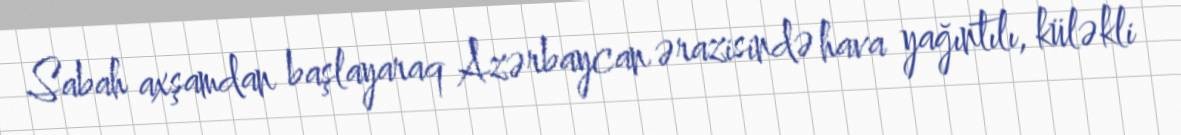
Sabah axşamdan başlayaraq Azərbaycan ərazisində hava yağıntılı, küləkli